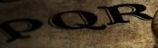
PQR